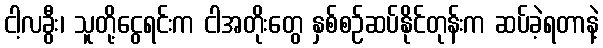
ငါ့လခွီး၊ သူတို့ငွေရင်းက ငါအတိုးတွေ နှစ်စဉ်ဆပ်နိုင်တုန်းက ဆပ်ခဲ့ရတာနဲ့